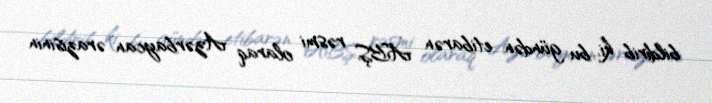
bildirib ki, bu gündən etibarən ABŞ rəsmi olaraq Azərbaycan ərazisinin